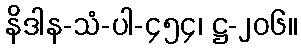
နိဒါန-သံ-ပါ-၄၅၄၊ ဋ္ဌ-၂၀၆။